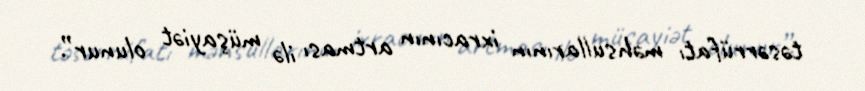
təsərrüfatı məhsullarının ixracının artması ilə müşayiət olunur”.